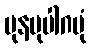
ပုနမုပါဂမုံ